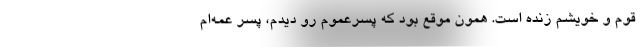
قوم و خويشم زنده است. همون موقع بود كه پسرعموم رو ديدم، پسر عمه‌ام